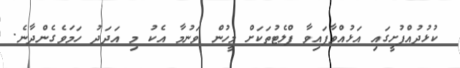
ކުޅުދުއްފުށީގައި އަޅުއްވާފައިވާ ފްލެޓުތަކަށް މީހުން ވަނުމާ އެކު މި އަދަދު ހަމަވެގެންދާނެ.